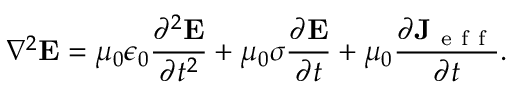
\nabla ^ { 2 } \mathbf { E } = \mu _ { 0 } \epsilon _ { 0 } \frac { \partial ^ { 2 } \mathbf { E } } { \partial t ^ { 2 } } + \mu _ { 0 } \sigma \frac { \partial \mathbf { E } } { \partial t } + \mu _ { 0 } \frac { \partial \mathbf { J } _ { \mathrm { ~ e ~ f ~ f ~ } } } { \partial t } .